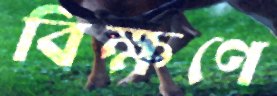
বিক্ষণে